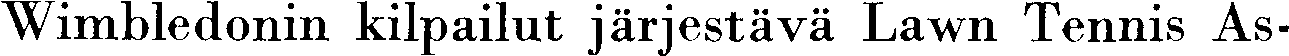
Wimbledonin kilpailut järjestävä Lawn Tennis As-